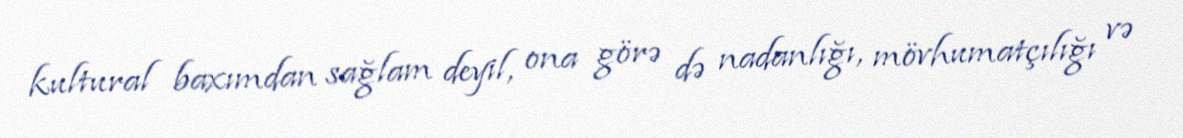
kultural baxımdan sağlam deyil, ona görə də nadanlığı, mövhumatçılığı və